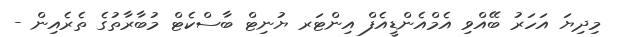
މިދިޔަ އަހަރު ބޭއްވި އެމްއެންޑީއެފް އިންޓަރ ޔުނިޓް ބާސްކެޓް މުބާރާތުގެ ތެރެއިން -